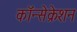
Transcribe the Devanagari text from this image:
कॉन्सेक्रेशन